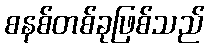
စနစ်တစ်ခုဖြစ်သည်